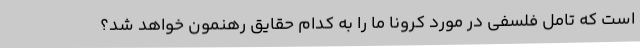
است که تامل فلسفی در مورد کرونا ما را به کدام حقایق رهنمون خواهد شد؟